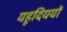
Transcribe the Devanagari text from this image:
यहूदिययों